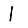
Digit: 1